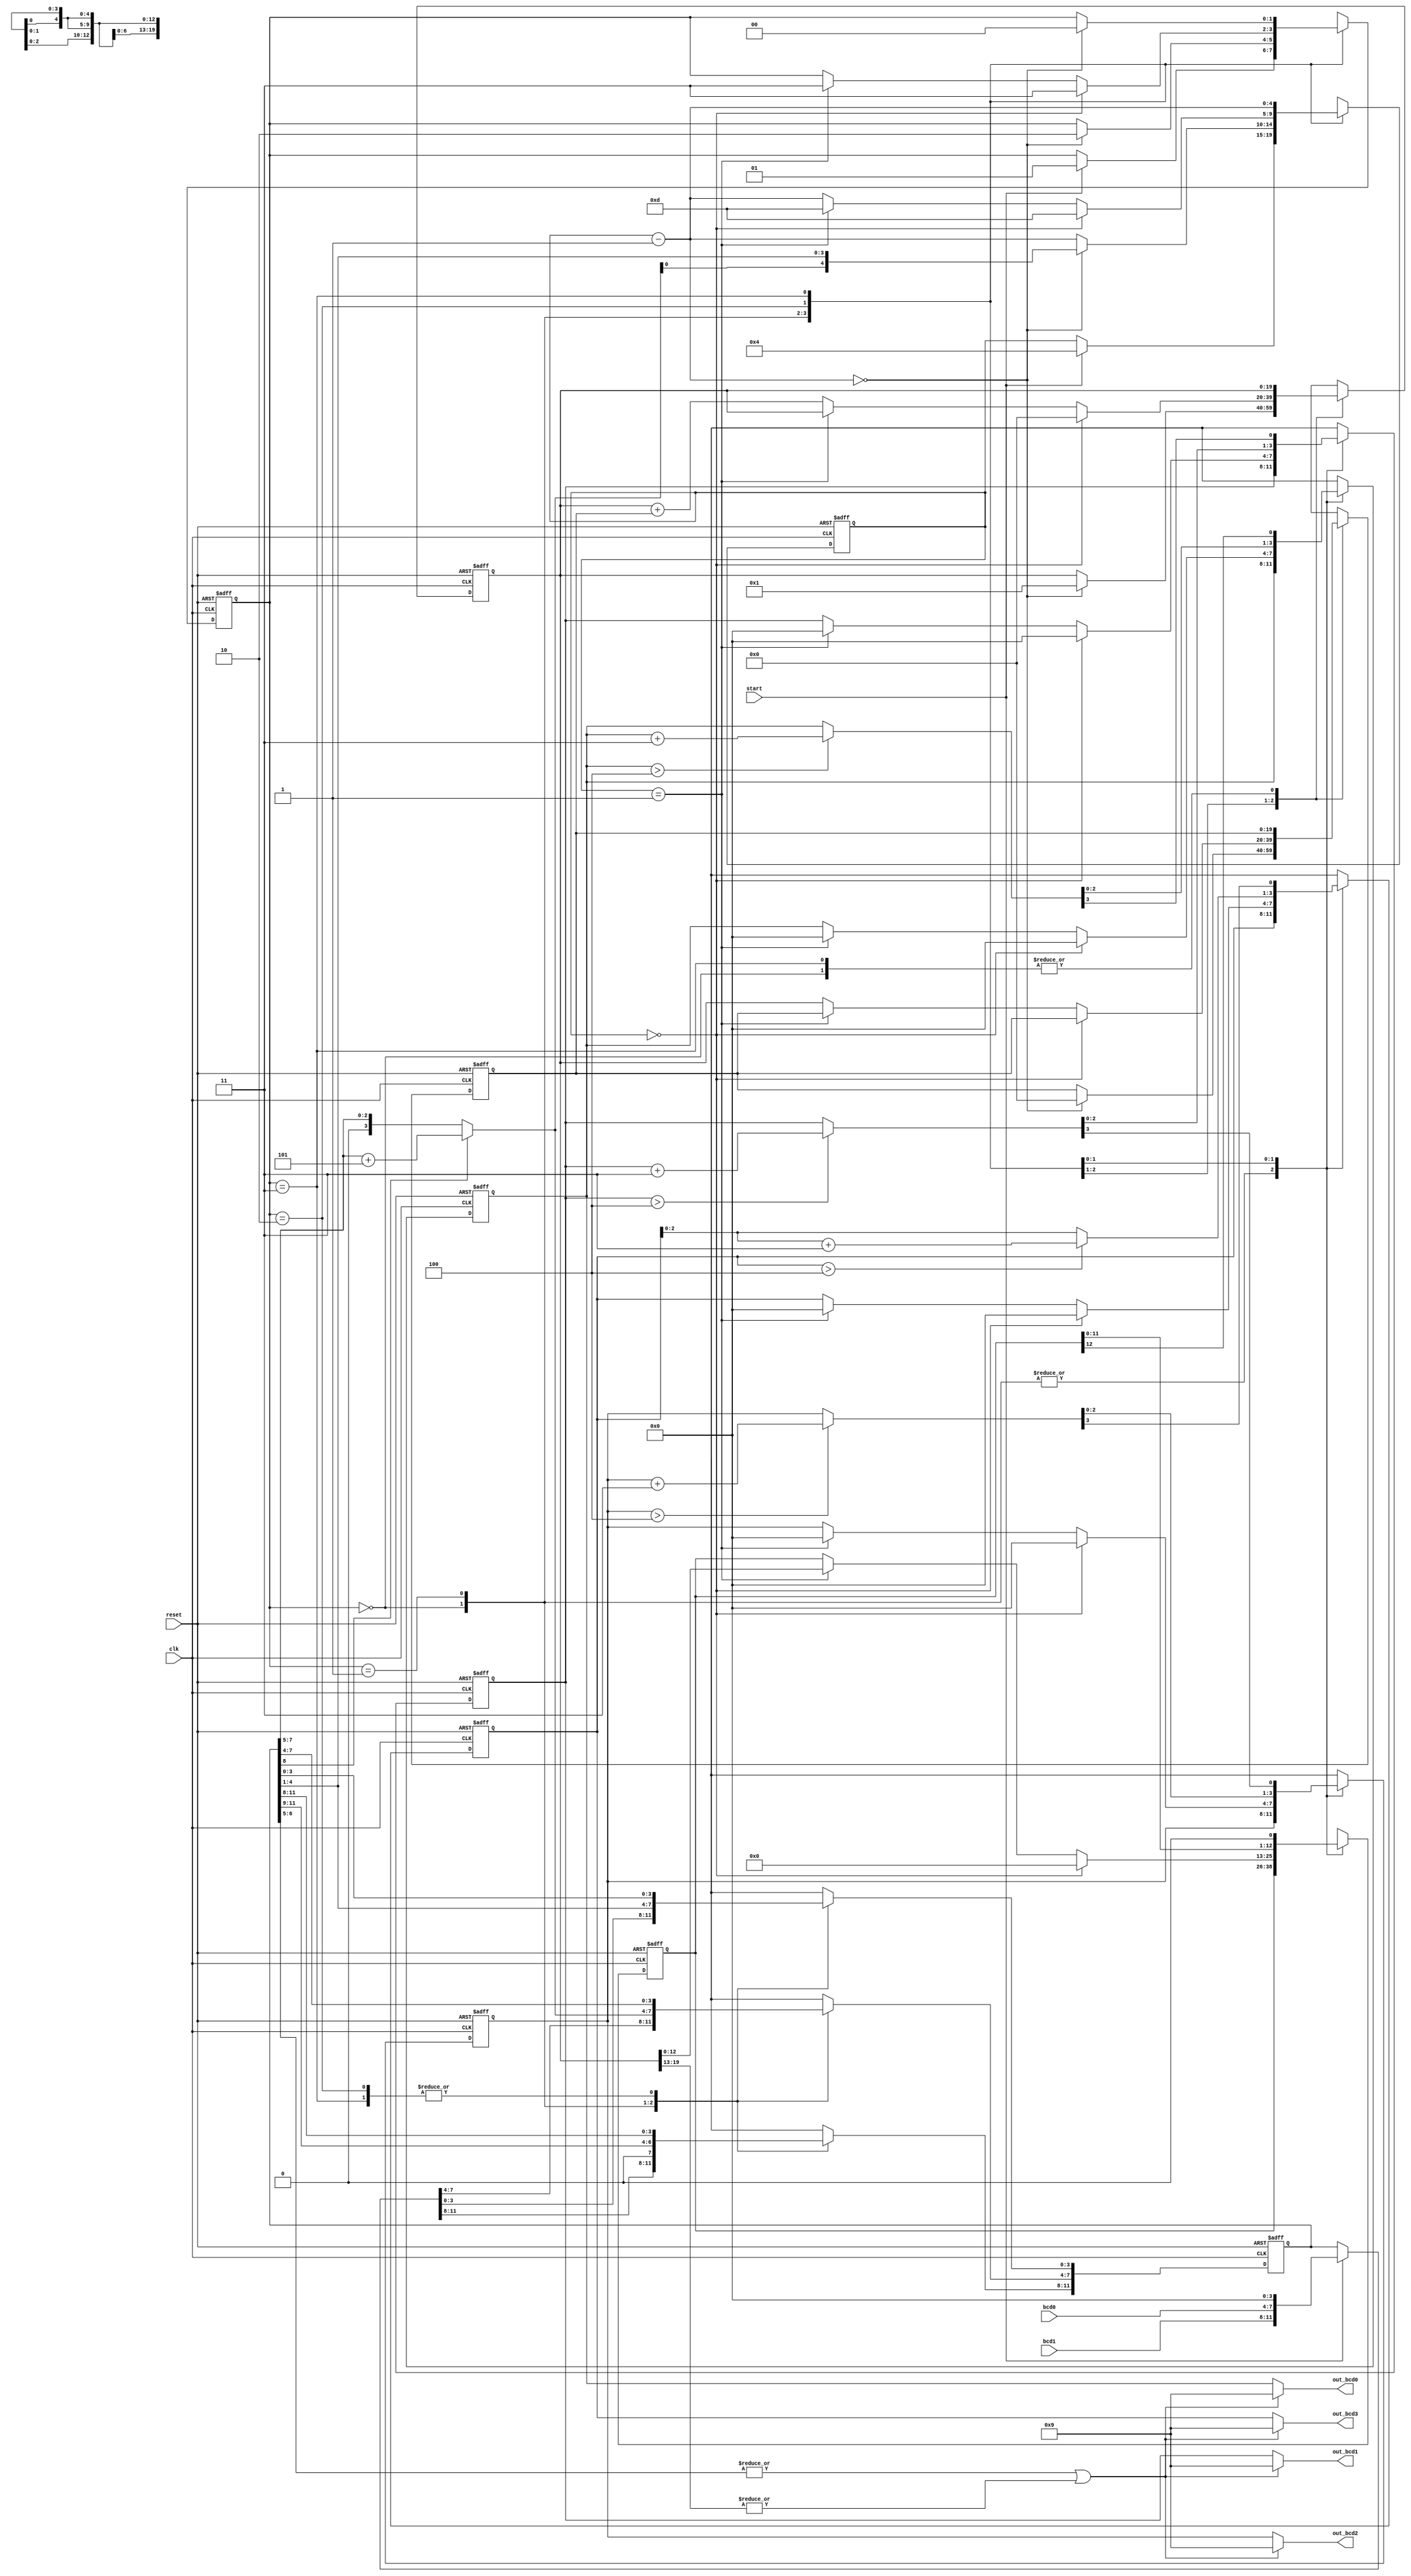
// Fibonacci circuit with BCD IO

module bcd_fib
    (
     input  wire      clk, reset,
     input  wire      start,
     input  wire[3:0] bcd1, bcd0,
     output reg[3:0]  out_bcd3, out_bcd2, out_bcd1, out_bcd0
    );

    // symbolic state declaration
    localparam[1:0]
        s_idle    = 2'b00,
        s_bcd2bin = 2'b01,
        s_fib     = 2'b10,
        s_bin2bcd = 2'b11;

    // signal declaration
    reg[1:0]   state_reg, state_next;
    reg[3:0]   fib_bcd3_reg, fib_bcd2_reg, fib_bcd1_reg, fib_bcd0_reg;
    reg[3:0]   fib_bcd3_next, fib_bcd2_next, fib_bcd1_next, fib_bcd0_next;
    wire[3:0]  bcd3_tmp, bcd2_tmp, bcd1_tmp, bcd0_tmp;
    reg[4:0]   n_reg, n_next;
    reg[11:0]  bcd2b_reg, bcd2b_next;
    reg[19:0]  t0_reg, t0_next, t1_reg, t1_next;
    reg[12:0]  p2s_reg, p2s_next;

    // FSM state and data registers
    always @(posedge clk, posedge reset)
        if (reset)
            begin
                state_reg    <= s_idle;
                n_reg        <= 0;
                bcd2b_reg    <= 0;
                t0_reg       <= 0;
                t1_reg       <= 0;
                fib_bcd3_reg <= 0;
                fib_bcd2_reg <= 0;
                fib_bcd1_reg <= 0;
                fib_bcd0_reg <= 0;
                p2s_reg      <= 0;
            end
        else
            begin
                state_reg    <= state_next;
                n_reg        <= n_next;
                bcd2b_reg    <= bcd2b_next;
                t0_reg       <= t0_next;
                t1_reg       <= t1_next;
                fib_bcd3_reg <= fib_bcd3_next;
                fib_bcd2_reg <= fib_bcd2_next;
                fib_bcd1_reg <= fib_bcd1_next;
                fib_bcd0_reg <= fib_bcd0_next;
                p2s_reg      <= p2s_next;
            end

    // FSM next-state logic
    always @*
    begin
        // defaults
        state_next    = state_reg;
        bcd2b_next    = bcd2b_reg;
        n_next        = n_reg;
        t0_next       = t0_reg;
        t1_next       = t1_reg;
        fib_bcd3_next = fib_bcd3_reg;
        fib_bcd2_next = fib_bcd2_reg;
        fib_bcd1_next = fib_bcd1_reg;
        fib_bcd0_next = fib_bcd0_reg;
        p2s_next      = p2s_reg;

        case (state_reg)
            s_idle:
                if (start)
                    begin
                        n_next     = 4;
                        state_next = s_bcd2bin;
                        bcd2b_next = {bcd1, bcd0, 4'b0};
                    end
            s_bcd2bin:
                begin
                    bcd2b_next = bcd2b_reg >> 1;
                    if (bcd2b_reg[8])
                        bcd2b_next[7:4] = {1'b0, bcd2b_reg[7:5]} + 4'b0101;
                    n_next = n_reg - 1;
                    if (n_next == 0)
                        begin
                            state_next = s_fib;
                            t0_next    = 0;
                            t1_next    = 20'd1;
                            n_next     = bcd2b_next[4:0]; // truncate if higher
                                                          // will be checked later for overflow
                        end
                end
            s_fib:
                begin
                    if (n_reg == 0)
                        begin
                            t1_next       = 0;
                            state_next    = s_bin2bcd;
                            fib_bcd3_next = 0;
                            fib_bcd2_next = 0;
                            fib_bcd1_next = 0;
                            fib_bcd0_next = 0;
                            n_next        = 4'b1101;
                            p2s_next      = 0;
                        end
                    else if (n_reg == 1)
                        begin
                            state_next = s_bin2bcd;
                            fib_bcd3_next = 0;
                            fib_bcd2_next = 0;
                            fib_bcd1_next = 0;
                            fib_bcd0_next = 0;
                            n_next        = 4'b1101;
                            p2s_next      = t1_reg;
                        end
                    else
                        begin
                            t1_next = t1_reg + t0_reg;
                            t0_next = t1_reg;
                            n_next  = n_reg - 1;
                        end
                end
            s_bin2bcd:
                begin
                    p2s_next = p2s_reg << 1;
                    fib_bcd0_next = {bcd0_tmp[2:0], p2s_reg[12]};
                    fib_bcd1_next = {bcd1_tmp[2:0], bcd0_tmp[3]};
                    fib_bcd2_next = {bcd2_tmp[2:0], bcd1_tmp[3]};
                    fib_bcd3_next = {bcd3_tmp[2:0], bcd2_tmp[3]};
                    n_next = n_reg - 1;
                    if (n_next == 0)
                        state_next = s_idle;
                end
        endcase
    end

    // data path function units for bin2bcd
    assign bcd0_tmp = (fib_bcd0_reg > 4) ? fib_bcd0_reg + 3 : fib_bcd0_reg;
    assign bcd1_tmp = (fib_bcd1_reg > 4) ? fib_bcd1_reg + 3 : fib_bcd1_reg;
    assign bcd2_tmp = (fib_bcd2_reg > 4) ? fib_bcd2_reg + 3 : fib_bcd2_reg;
    assign bcd3_tmp = (fib_bcd3_reg > 4) ? fib_bcd3_reg + 3 : fib_bcd3_reg;

    // output with overflow detection
    always @*
        // input > 31 truncated or fib result > 9999
        if (|bcd2b_reg[6:5] || |t1_reg[19:13])
            begin
                out_bcd3 = 4'b1001;
                out_bcd2 = 4'b1001;
                out_bcd1 = 4'b1001;
                out_bcd0 = 4'b1001;
            end
        else
            begin
                out_bcd3 = fib_bcd3_reg;
                out_bcd2 = fib_bcd2_reg;
                out_bcd1 = fib_bcd1_reg;
                out_bcd0 = fib_bcd0_reg;
            end

endmodule